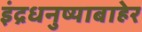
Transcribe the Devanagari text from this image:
इंद्रधनुष्याबाहेर